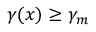
\gamma ( x ) \geq \gamma _ { m }